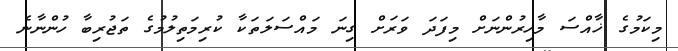
މިކަމުގެ ޚާއްސަ މާހިރުންނަށް މިފަދަ ވަރަށް ގިނަ މައްސަލަތަކާ ކުރިމަތިލުމުގެ ތަޖުރިބާ ހުންނާނެ